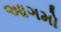
આગમો